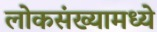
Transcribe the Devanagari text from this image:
लोकसंख्यामध्ये